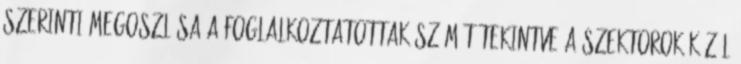
szerinti megoszlása A foglalkoztatottak számát tekintve a szektorok közül